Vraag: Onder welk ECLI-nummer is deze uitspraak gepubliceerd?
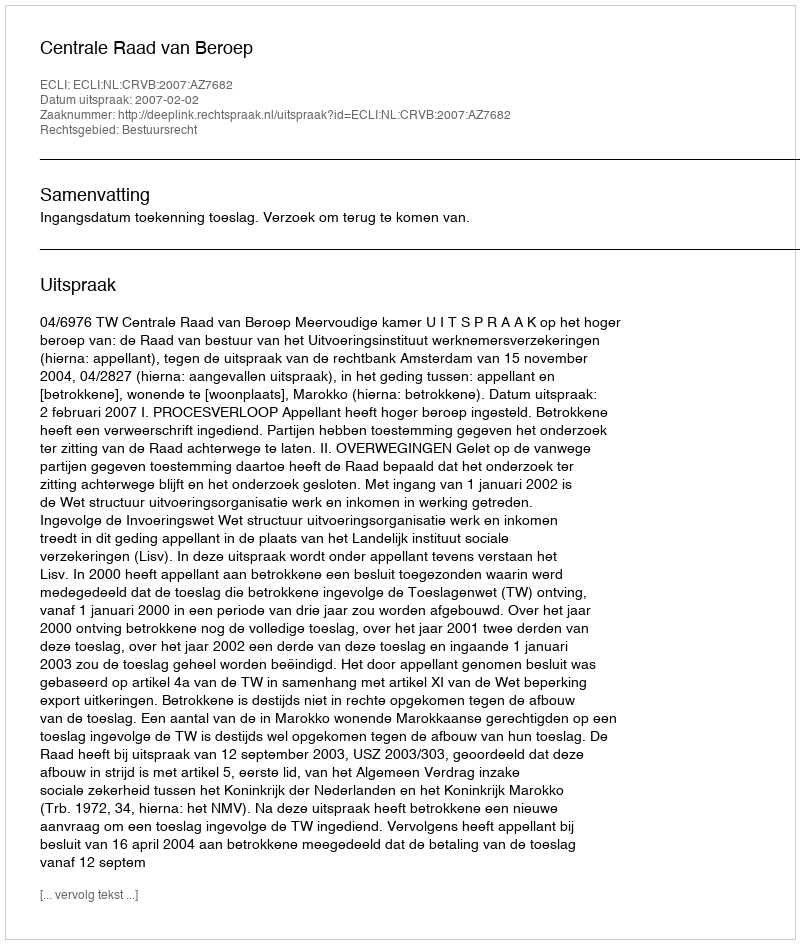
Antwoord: ECLI:NL:CRVB:2007:AZ7682